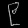
Digit: ၉